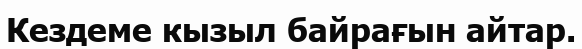
Кездеме кызыл байрағын айтар.